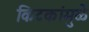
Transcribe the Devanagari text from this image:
किटकांमुळे